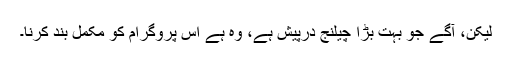
لیکن، آگے جو بہت بڑا چیلنج درپیش ہے، وہ ہے اس پروگرام کو مکمل بند کرنا۔